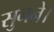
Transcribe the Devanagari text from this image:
सुनने।